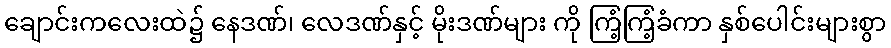
ချောင်းကလေးထဲ၌ နေဒဏ်၊ လေဒဏ်နှင့် မိုးဒဏ်များ ကို ကြံ့ကြံ့ခံကာ နှစ်ပေါင်းများစွာ